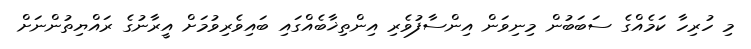
މި ހުރިހާ ކަމެއްގެ ސަބަބުން މިނިވަން އިންސާފުވެރި އިންތިޚާބެއްގައި ބައިވެރިވުމަށް އީރާނުގެ ރައްޔިތުންނަށް